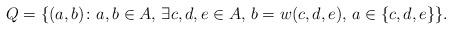
LaTeX: \begin{align*} Q=\{(a,b)\colon a,b\in A,\,\exists c,d,e\in A,\, b=w(c,d,e),\,a\in\{c,d,e\}\}. \end{align*}